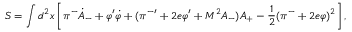
S = \int d ^ { 2 } x \left[ \pi ^ { - } { \dot { A } _ { - } } + { \varphi } ^ { \prime } { \dot { \varphi } } + ( { \pi ^ { - } } ^ { \prime } + 2 e \varphi ^ { \prime } + M ^ { 2 } A _ { - } ) A _ { + } - \frac { 1 } { 2 } ( \pi ^ { - } + 2 e \varphi ) ^ { 2 } \right] ,